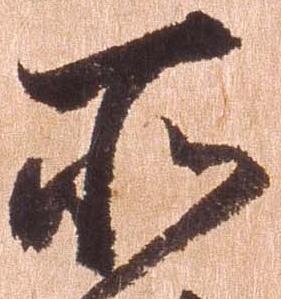
所